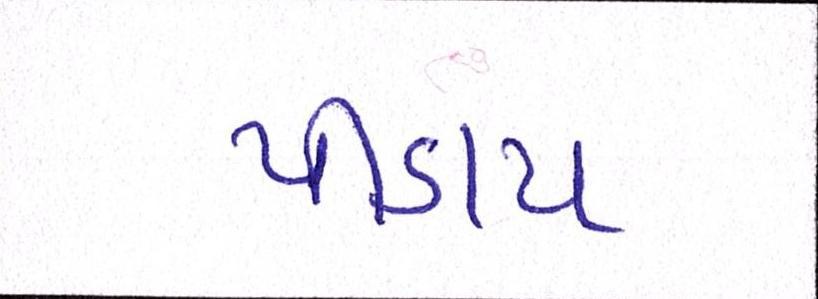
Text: પીડાય